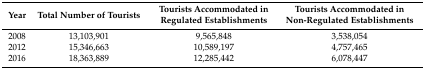
| Year | Total Number of Tourists | Tourists Accommodated in Regulated Establishments | Tourists Accommodated in Non-Regulated Establishments |
 | --- | --- | --- | --- |
 | 2008 | 13,103,901 | 9,565,848 | 3,538,054 |
 | 2012 | 15,346,663 | 10,589,197 | 4,757,465 |
 | 2016 | 18,363,889 | 12,285,442 | 6,078,447 |